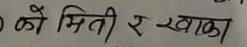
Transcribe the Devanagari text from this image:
को मिति र खाका